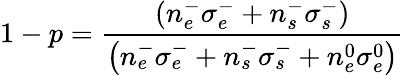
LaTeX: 1-p=\frac{\left(n_{e}^{-}\sigma_{e}^{-}+n_{s}^{-}\sigma_{s}^{-}\right)}{\left(n_{e}^{-}\sigma_{e}^{-}+n_{s}^{-}\sigma_{s}^{-}+n_{e}^{0}\sigma_{e}^{0}\right)}